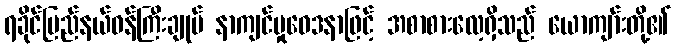
ရခိုင်ပြည်နယ်ဝန်ကြီးချုပ် နာကျင်မှုဝေဒနာဖြင့် အစာစားလေ့ရှိသည် ယောကျာ်းတို့၏